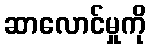
ဆာလောင်မှုကို